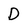
Character: D